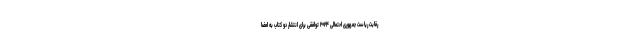
رقابت ریاست جمهوری احتمالی ۲۰۲۴ توافقی برای انتشار دو کتاب به امضا